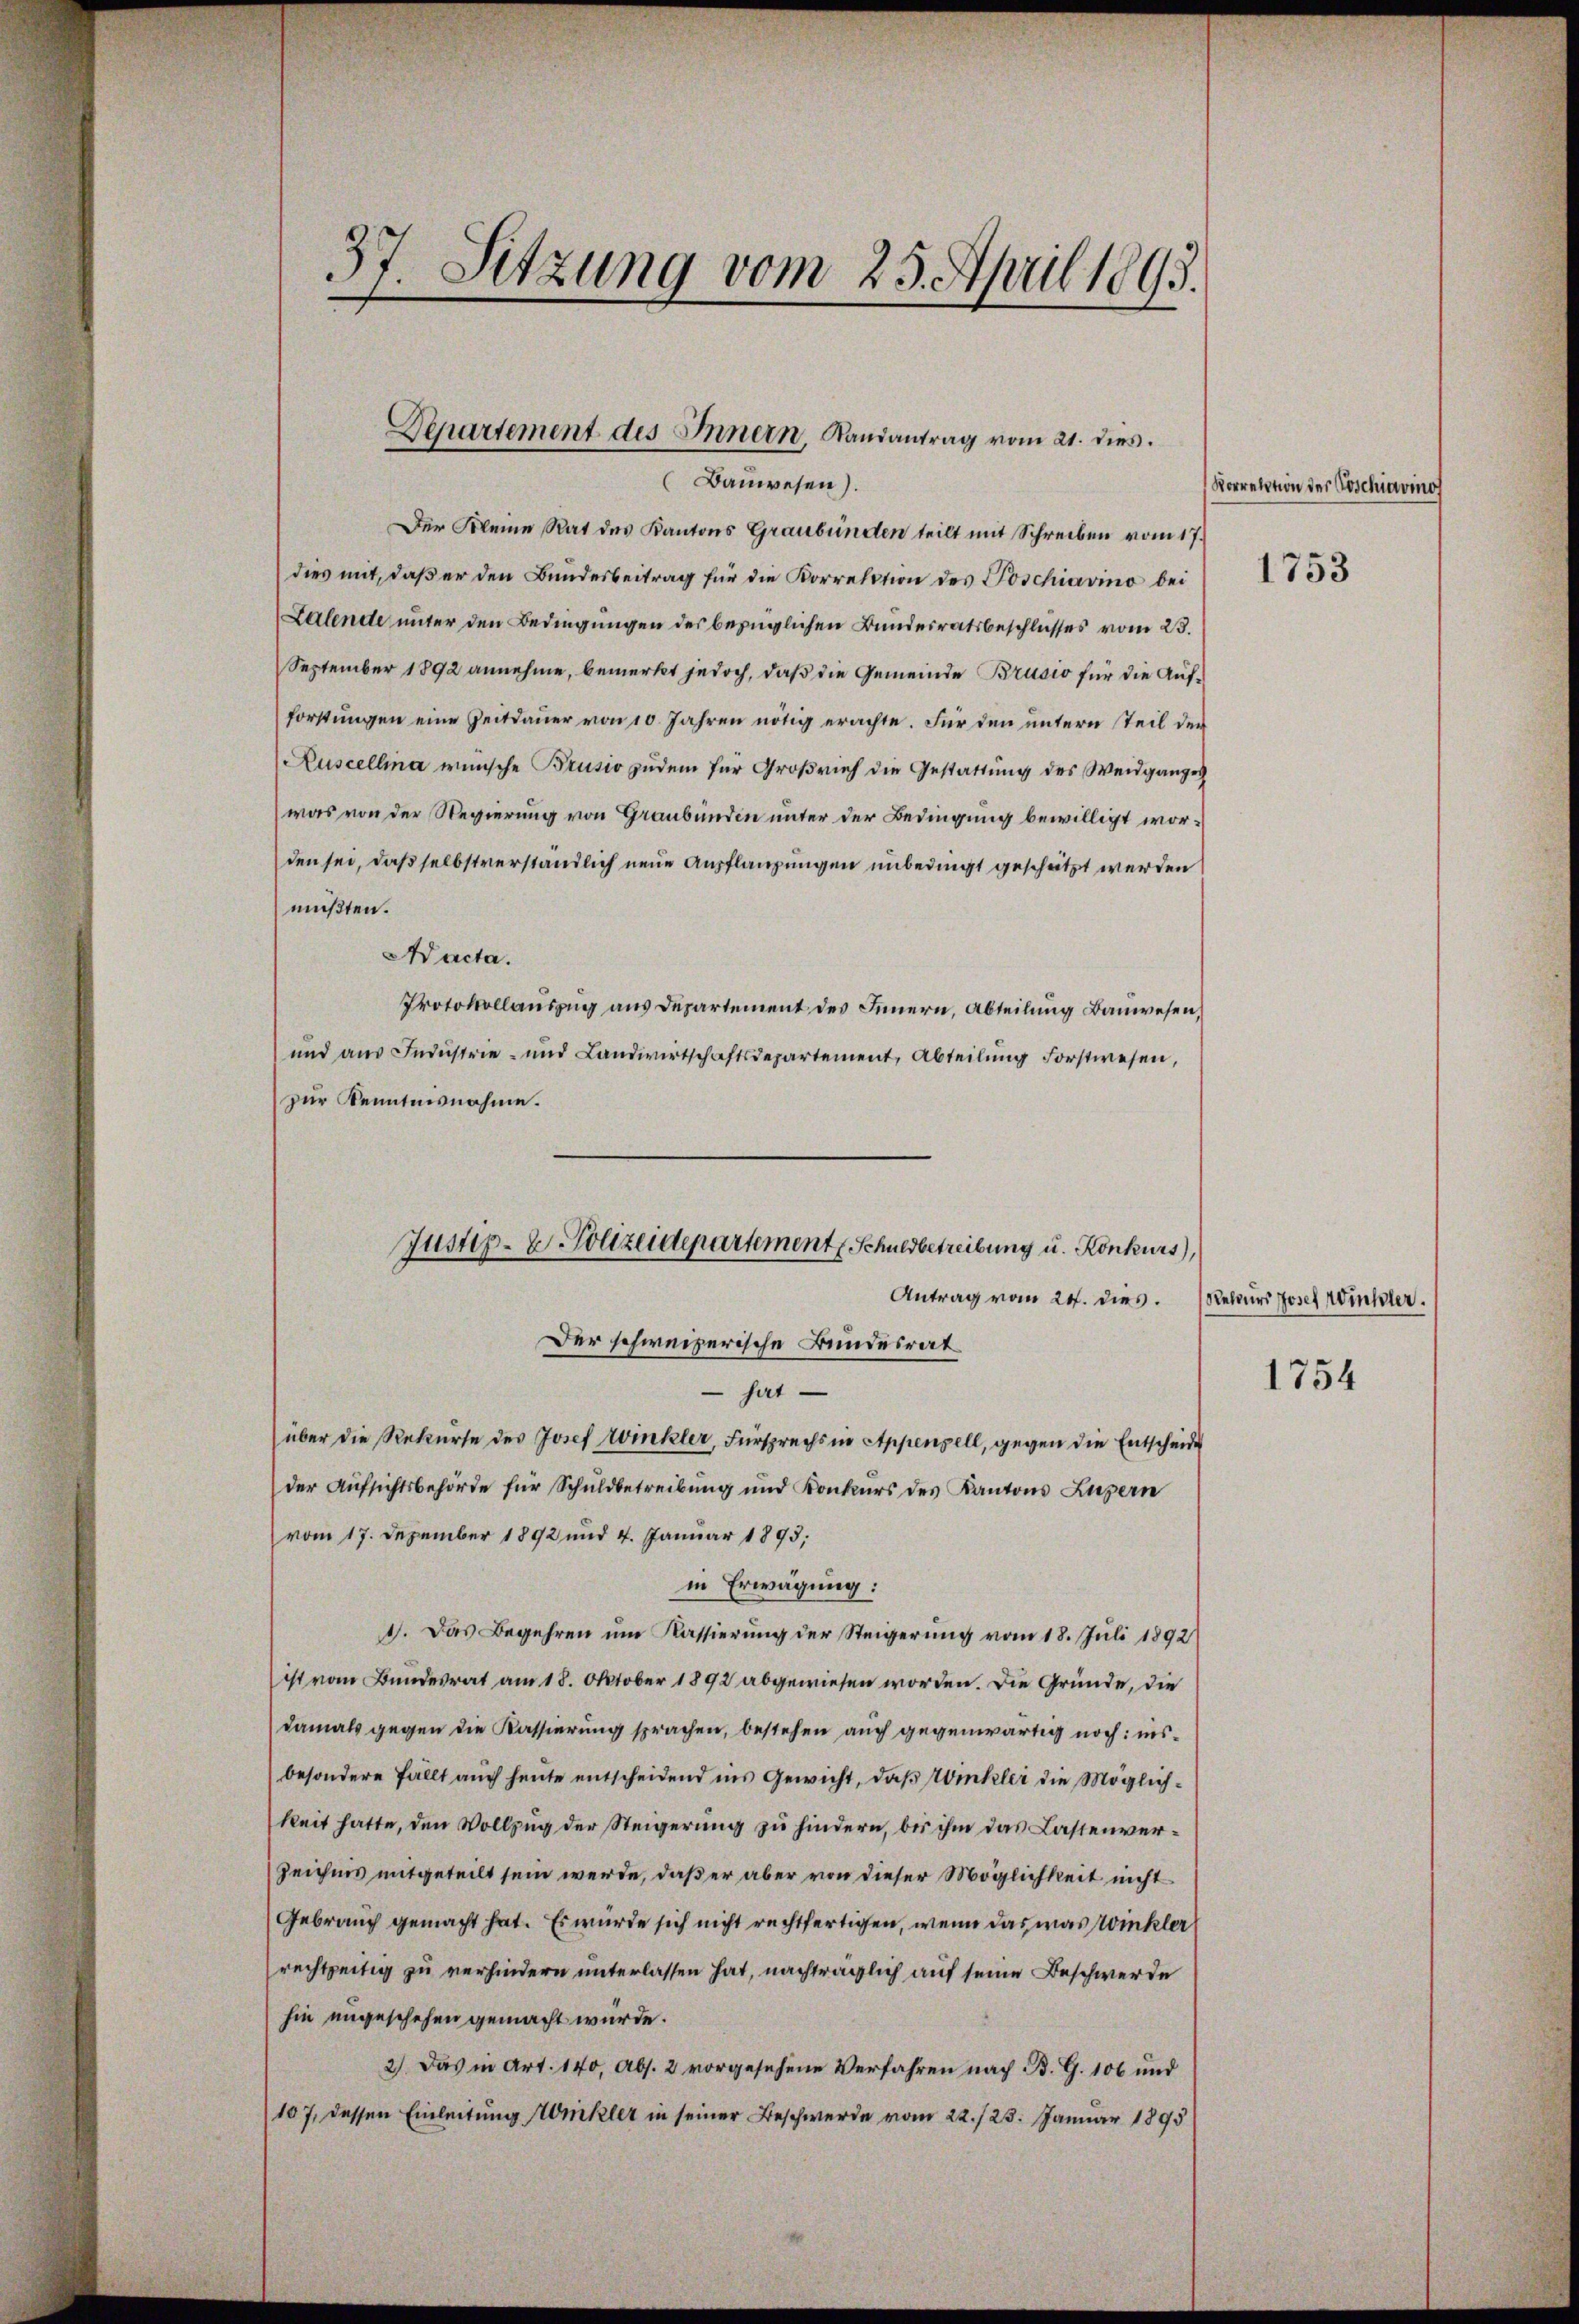
Bauwesen).
Der Kleine Rat des Kantons Graubünden teilt mit Schreiben vom 17.
dies mit, daß er den Bundesbeitrag für die Korrektion des Poschiavino bei
Lalende unter den Bedingungen des bezüglichen Bundesratsbeschlusses vom 23.
September 1892 annehme, bemerkt jedoch, daß die Gemeinde Brusio für die Aufforstungen eine Zeitdauer von 10. Jahren nötig erachte. Für den untern Teil der
Kuscellina wünsche Brusio zudem für Großrief die Gestattung des Weidganges
was von der Regierung von Graubünden unter der Bedingung bewilligt worden sei, daß selbstverständlich neue Anpflanzungen unbedingt geschützt werden
müßten.
Nacta.
Protokollauszug aus Departement des Innern, Abteilung Bauwesen,
und aŭs Indŭstrie- und Landwirtschaftsdepartement, Abteilŭng Forstwesen,
zur Kenntnisnahme.
Der schweizerische Bundesrat
 hat
über die Rekurse des Josef Winkler, Fürsprechs in Appenzell, gegen die Entscheide
der Aŭfsichtsbehörde für Schuldbetreibŭng und Konkurs des Kantons Luzern
vom 17. Dezember 1892 und 4. Januar 1893;
in Erwägung:
1. Das Begehren um Kassierung der Steigerung vom 18. Juli 1892
ist vom Bundesrat am 18. Oktober 1892 abgewiesen worden. Die Gründe, die
damals gegen die Kassierung sprachen, bestehen auch gegenwärtig noch: insbesondere fällt auch heute entscheidend ins Gewicht, daβ Winkler die Möglichkeit hatte, den Vollzug der Steigerung zu hindern, bis ihm das Lastenver¬
Zeichnis mitgeteilt sein werde, daß er aber von dieser Möglichkeit nicht
Gebrauch gemacht hat. Es würde sich nicht rechtfertigen, wenn das was Winkler
rechtzeitig zu verhindern unterlassen hat, nachträglich auf seine Beschwerde
hie ungeschehen gemacht wurde.
2) Das in Art. 140, Abs. 2 vorgesehene Verfahren nach B. G. 106 und
107, dessen Einleitung Winkler in seiner Beschwerde vom 22./23. Januar 1895

37. Sitzung vom 25. April 1895.

Departement des Innern, Randantrag vom 21. dies

Justiz- & Polizeidepartement Schuldbetreibung u. Konkurs,
Antrag vom 20. dies. (Rekurs Josef Winkler.

Vorrelation der Poschiavino

1753

1754